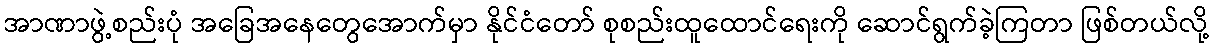
အာဏာဖွဲ့စည်းပုံ အခြေအနေတွေအောက်မှာ နိုင်ငံတော် စုစည်းထူထောင်ရေးကို ဆောင်ရွက်ခဲ့ကြတာ ဖြစ်တယ်လို့